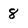
Character: 8